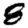
Digit: 8